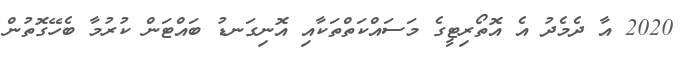
2020 އާ ދެމެދު އެ އޮތޯރިޓީގެ މަސައްކަތްތަކާއި އޮނިގަނޑު ބައްޓަން ކުރުމާ ބެހޭގޮތުން